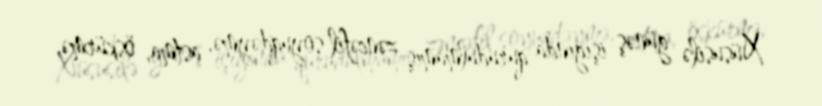
Xüsusilə günəş işığında qurudulmamış zəncəfil soyuqdəymə, astma, öskürmə,